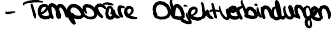
- Temporäre Objektverbindungen